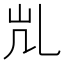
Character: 𰀷